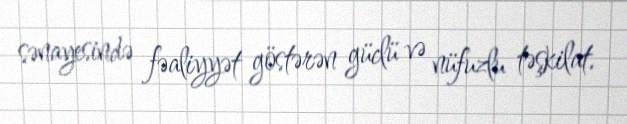
sənayesində fəaliyyət göstərən güclü və nüfuzlu təşkilat.